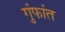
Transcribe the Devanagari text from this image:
गुंफांत